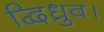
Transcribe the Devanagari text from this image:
द्विध्रुव।